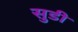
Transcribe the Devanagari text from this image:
सुडी